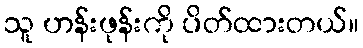
သူ ဟန်းဖုန်းကို ပိတ်ထားတယ်။